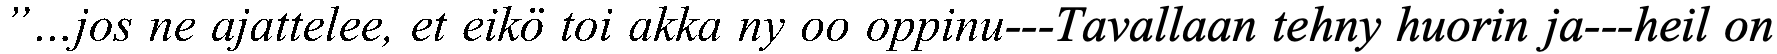
”…jos ne ajattelee, et eikö toi akka ny oo oppinu---Tavallaan tehny huorin ja---heil on